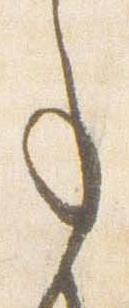
事